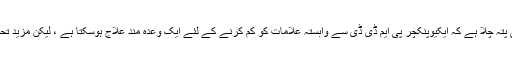
ایک تحقیق میں یہ بھی پتہ چلا ہے کہ ایکیوپنکچر پی ایم ڈی ڈی سے وابستہ علامات کو کم کرنے کے لئے ایک وعدہ مند علاج ہوسکتا ہے ، لیکن مزید تحقیق کی ضرورت ہے۔